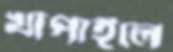
খাপাইলে